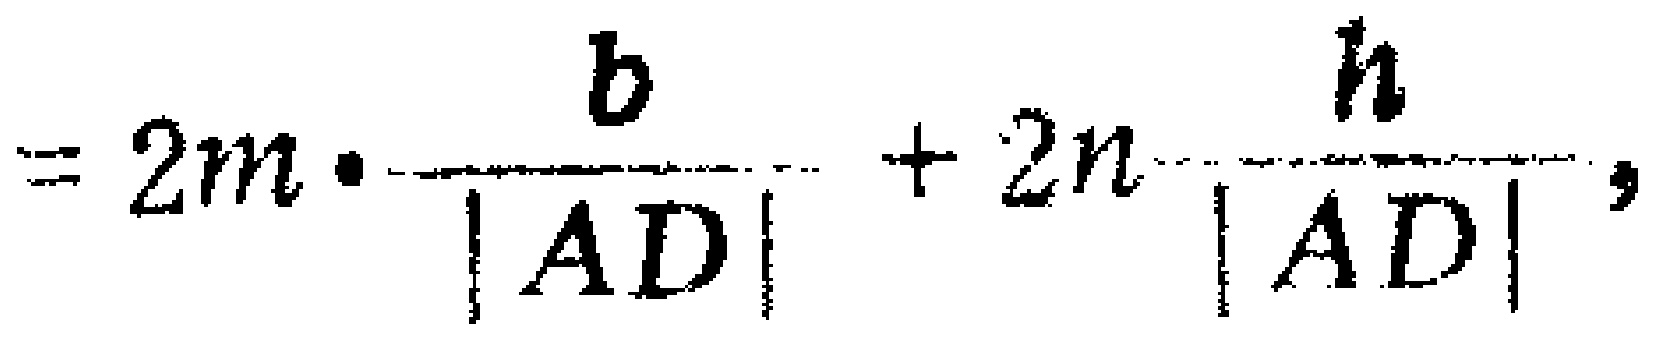
$=2m\cdot\frac{b}{|AD|}+2n\frac{h}{|AD|},$